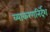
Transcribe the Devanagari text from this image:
व्याकरणनिर्देश